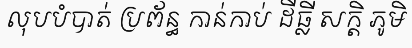
លុបបំបាត់ ប្រព័ន្ធ កាន់កាប់ ដីធ្លី សក្តិ ភូមិ